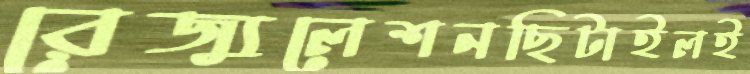
রেজ্যুলেশনছিটাইলই